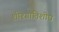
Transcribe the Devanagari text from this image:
शीश्ग्रातिशीघ्र